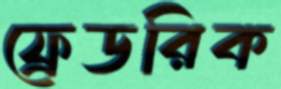
ফ্রেডরিক